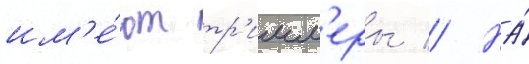
им'е́ют тр'имм'еры // На́